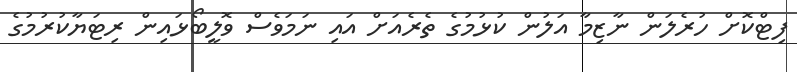
ފިޓްކޮށް ހުރެލަން ނާޒިމާ އަލުން ކުޅުމުގެ ތެރެއަށް އައި ނަމަވެސް ވޮލީބޯޅައިން ރިޓަޔާކުރުމުގެ